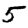
Digit: 5